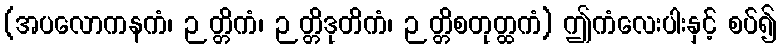
(အပလောကနကံ၊ ဉတ္တိကံ၊ ဉတ္တိဒုတိကံ၊ ဉတ္တိစတုတ္ထကံ) ဤကံလေးပါးနှင့် စပ်၍